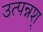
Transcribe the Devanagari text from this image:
उत्पन्नश्